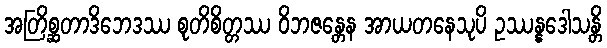
အတြိစ္ဆတာဒိဘေဒဿ စုတိစိတ္တဿ ဝိဘဇန္တေန အာယတနေသုပိ ဥဿန္နဒေါသန္တိ